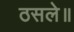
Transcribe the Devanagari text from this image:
ठसले॥